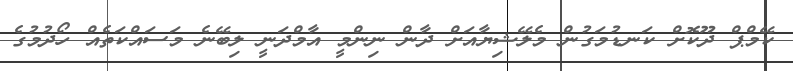
ކޭމްޕް ދޫކޮށް ކަނޑުމަގުން މެލޭޝިޔާއަށް ދާން ނިންމީ އާމްދަނީ ލިބޭނެ މަސައްކަތެއް ހޯދުމުގެ